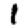
Digit: 1